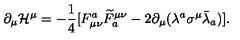
\partial _ { \mu } { \cal H } ^ { \mu } = - \frac { 1 } { 4 } [ F _ { \mu \nu } ^ { a } \widetilde { F } _ { a } ^ { \mu \nu } - 2 \partial _ { \mu } ( \lambda ^ { a } \sigma ^ { \mu } \bar { \lambda } _ { a } ) ] .